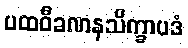
ပထဝီခဏနသိက္ခာပဒံ